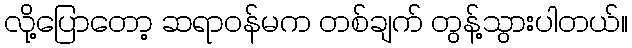
လို့ပြောတော့ ဆရာဝန်မက တစ်ချက် တွန့်သွားပါတယ်။